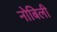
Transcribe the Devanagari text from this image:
नोबिली